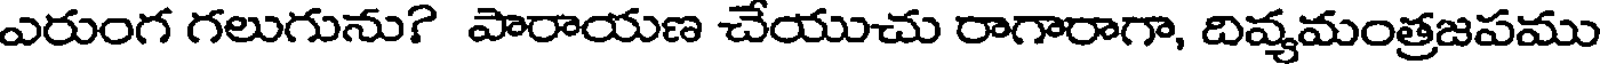
ఎరుంగ గలుగును? పారాయణ చేయుచు రాగారాగా, దివ్యమంత్రజపము